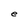
Character: d